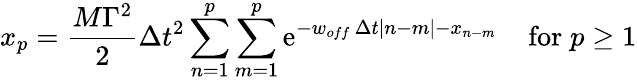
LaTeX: x_{p}={\frac{M\Gamma^{2}}{2}}\Delta t^{2}\sum_{n=1}^{p}\sum_{m=1}^{p}\mathrm{e}^{-w_{off}\, \Delta t|n-m|-x_{n-m}}\; \; \; \; \mathrm{for}\; p\ge 1